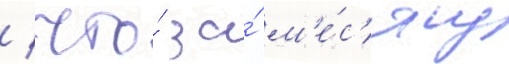
/ что́ за́ м'е́с'яц